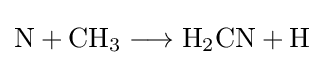
{\mathrm {N} {}+{}\mathrm {CH} {\vphantom {A}}_{\smash[{t}]{3}}{}\mathrel {\longrightarrow } {}\mathrm {H} {\vphantom {A}}_{\smash[{t}]{2}}\mathrm {CN} {}+{}\mathrm {H} }